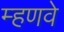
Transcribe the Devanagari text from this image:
म्हणवे